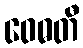
ဝေဓတီ